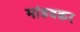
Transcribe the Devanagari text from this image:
मांडवकर